Lunatic asylums Central Provinces reports 1874-1885 - 1874-1885
Year: 1874
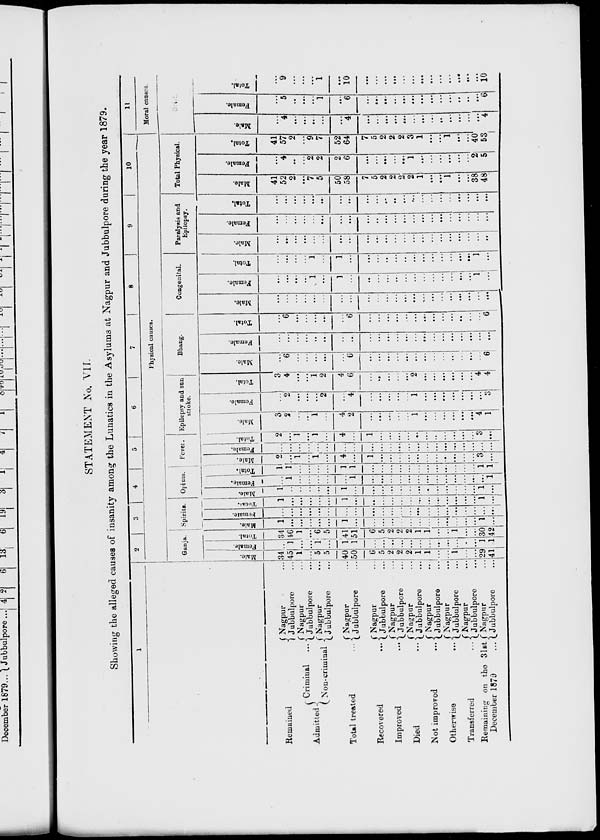
STATEMENT No. VII.
Showing the alleged causes of insanity among the Lunatics in the Asylums at Nagpur and Jubbulpore during the year 1879.
1
Remained
Admitted
Criminal ...
Non- criminal ...
Total treated ...
Recovered ...
Improved
...
Died ...
Mot improved ...
Otherwise ...
Transferred ...
Remaining on the 31st
December
1879
...
Nagpur ...
Jubbulpore ...
Nagpur ...
Jubbulpore ...
Nagpur ...
Jubbulpore ...
Nagpur ...
Jubbulpore ...
Nagpur ...
Jubbulpore ...
Nagpur ...
Jubbulpore ...
Nagpur ...
Jubbulpore ...
Nagpur ...
Jubbulpure ...
Nagpur ...
Jubbulpore ...
Nagpur ...
Jubbulpore ...
Nagpur ...
Jubbulpore ...
2
3 4
5
6
7
8
9
10
Physical causes.
Ganja.
Male.
34
45
1
...
5
5
40
50
6
5
2
2
2
1
1
...
...
1
...
...
29
41
Female.
...
1
...
...
1
...
1
1
...
...
...
...
...
...
...
...
...
...
...
...
1
1
Total.
34
46
1
...
6
5
41
51
6
5
2
2
2
1
1
...
...
1
...
...
30
42
Spirits.
Male.
1
...
...
...
...
...
1
...
...
...
...
...
...
...
...
...
...
...
...
...
1
...
Female.
...
...
...
...
...
...
...
...
...
...
...
...
...
...
...
...
...
...
...
...
...
...
Total.
1
...
...
...
...
...
1
...
...
...
...
...
...
...
...
...
...
...
...
...
1
...
Opium.
Male.
1
...
...
...
...
...
1
...
...
...
...
...
...
...
...
...
...
...
...
...
1
...
Female.
...
1
...
...
...
...
...
1
...
...
...
...
...
...
...
...
...
...
...
...
...
1
Total.
1
1
...
...
...
...
1
1
...
...
...
...
...
...
...
...
...
...
...
...
1
1
Fever.
Male.
2
...
1
...
1
...
4
...
1
...
...
...
...
...
...
...
...
...
...
...
3
...
Female.
...
...
...
...
...
...
...
...
...
...
...
...
...
...
...
...
...
...
...
...
...
...
Total.
2
...
1
...
1
...
4
...
1
...
...
...
...
...
...
...
...
...
...
...
3
...
Epilepsy and sun
stioke.
Male.
3
2
...
...
1
...
4
2
...
...
...
...
...
1
...
...
...
...
...
...
4
1
Female.
...
2
...
...
...
2
...
4
...
...
...
...
...
1
...
...
...
...
...
...
...
3
Total.
3
4
...
...
1
2
4
6
...
...
...
...
...
2
...
...
...
...
...
...
4
4
Bhang.
Male.
...
6
...
...
...
...
...
6
...
...
...
...
...
...
...
...
...
...
...
...
...
6
Female.
...
...
...
...
...
...
...
...
...
...
...
...
...
...
...
...
...
...
...
...
...
...
Total.
...
6
...
...
...
...
...
6
...
...
...
...
...
...
...
...
...
...
...
....
...
6
Congenital.
Male.
...
...
...
...
...
...
...
...
....
...
...
...
...
...
...
...
...
...
...
...
...
...
Female.
...
...
...
...
1
...
1
...
...
...
...
...
...
...
...
...
...
...
...
...
1
...
Total.
...
...
...
...
1
...
1
...
...
...
...
...
...
...
...
...
...
...
...
...
1
...
Paralysis and
Epilepsy.
Male.
...
...
...
...
...
...
...
...
...
...
...
...
...
...
...
...
...
...
...
...
...
...
Female.
...
...
...
...
...
...
...
...
...
...
...
...
...
...
...
...
...
...
...
...
...
...
Total.
...
...
...
...
...
...
...
...
...
...
...
...
...
...
...
...
...
...
...
...
...
...
Total Physical.
Male.
41
52
2
...
7
5
50
58
7
5
2
2
2
2
1
...
...
1
...
...
38
48
Female.
...
4
...
...
2
2
2
6
...
...
...
...
...
1
...
...
...
...
...
...
2
5
Total.
41
57
2
...
9
7
52
64
7
5
2
2
2
3
1
...
...
1
...
...
40
53
11
Moral causes.
Male.
...
4
...
...
...
...
...
4
...
...
...
...
...
...
...
...
...
...
...
...
...
4
Female.
...
5
...
...
...
1
...
6
...
...
...
...
...
...
...
...
...
...
...
...
...
6
Total.
...
9
...
...
...
1
...
10
...
...
...
...
...
...
...
...
...
...
...
...
...
10